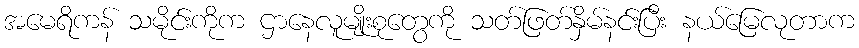
အမေရိကန် သမိုင်းကိုက ဌာနေလူမျိုးစုတွေကို သတ်ဖြတ်နှိမ်နင်းပြီး နယ်မြေလုတာက